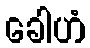
ခေါဟံ